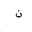
Letter: _non